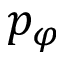
p _ { \varphi }